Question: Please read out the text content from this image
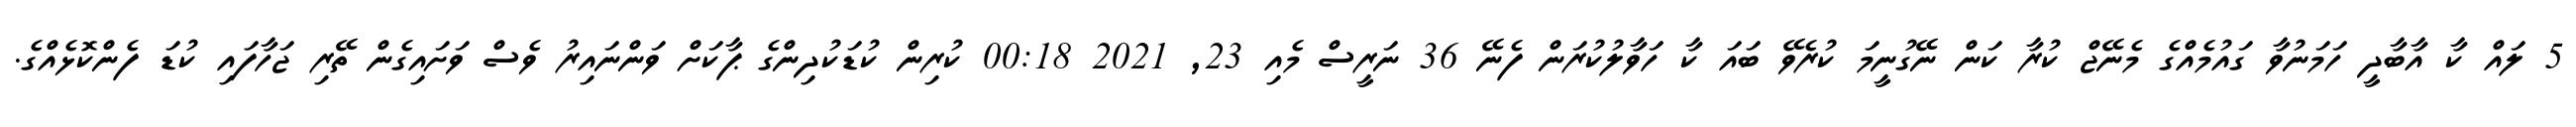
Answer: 5 ލައް ކާ އާބާދީ ހަމަނުވާ ގައުމެއްގެ މެނޭޖް ކުރާ ކަން ނޭގުނީމަ ކުރެވޭ ބައަ ކާ ހަވާލުކުރަން ފެނޭ 36 ނަރީސް މެއި 23, 2021 00:18 ކުރިން ކުޑަކުދިންގެ ޕާކަށް ވަންނައިރު ވެސް ވަށައިގެން ތޭރި ޖަހާފައި ކުޑަ ފެންކޮޅެއްގެ.